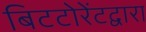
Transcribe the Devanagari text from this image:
बिटटोरेंटद्वारा